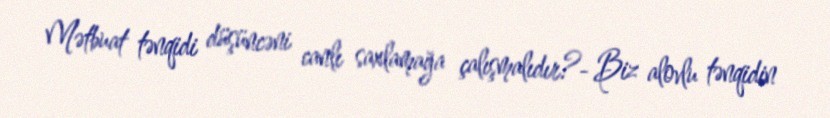
Mətbuat tənqidi düşüncəni canlı saxlamağa çalışmalıdır?- Biz alovlu tənqidin